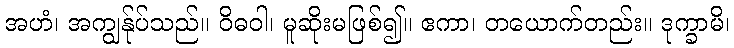
အဟံ၊ အကျွန်ုပ်သည်။ ဝိဓဝါ၊ မူဆိုးမဖြစ်၍။ ဧကာ၊ တယောက်တည်း။ ဒုက္ခာမိ၊